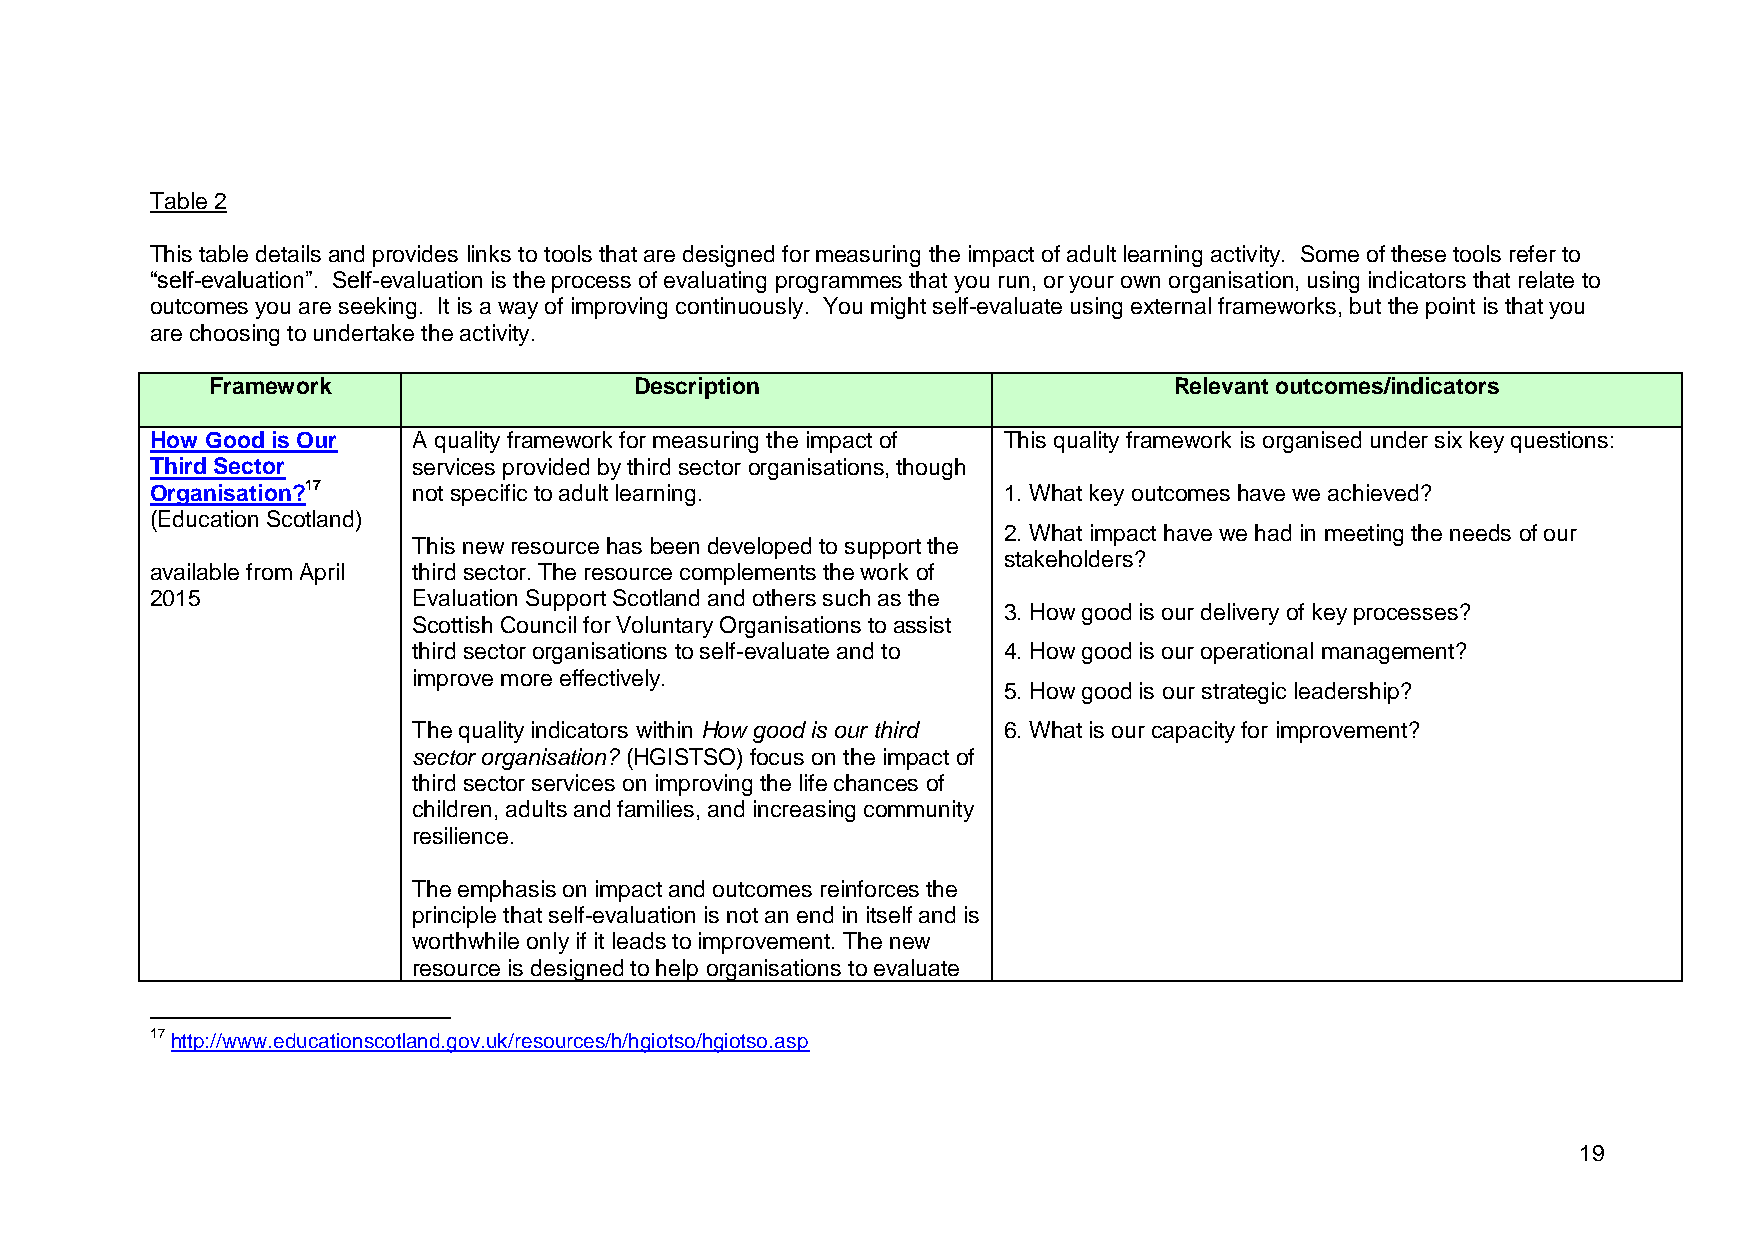
Table 2
 This table details and provides links to tools that are designed for measuring the impact of adult learning activity. Some of these tools refer to
 “self-evaluation”. Self-evaluation is the process of evaluating programmes that you run, or your own organisation, using indicators that relate to
 outcomes you are seeking. It is a way of improving continuously. You might self-evaluate using external frameworks, but the point is that you
 are choosing to undertake the activity.
 Framework                   Description                         Relevant outcomes/indicators
 How Good is Our  A quality framework for measuring the impact of This quality framework is organised under six key questions:
 Third Sector     services provided by third sector organisations, though
 Organisation?17  not specific to adult learning.        1. What key outcomes have we achieved?
 (Education Scotland)
 2. What impact have we had in meeting the needs of our
 This new resource has been developed to support the
 stakeholders?
 available from April third sector. The resource complements the work of
 2015             Evaluation Support Scotland and others such as the
 3. How good is our delivery of key processes?
 Scottish Council for Voluntary Organisations to assist
 third sector organisations to self-evaluate and to 4. How good is our operational management?
 improve more effectively.
 5. How good is our strategic leadership?
 The quality indicators within How good is our third 6. What is our capacity for improvement?
 sector organisation? (HGISTSO) focus on the impact of
 third sector services on improving the life chances of
 children, adults and families, and increasing community
 resilience.
 The emphasis on impact and outcomes reinforces the
 principle that self-evaluation is not an end in itself and is
 worthwhile only if it leads to improvement. The new
 resource is designed to help organisations to evaluate
 17 http://www.educationscotland.gov.uk/resources/h/hgiotso/hgiotso.asp
 19